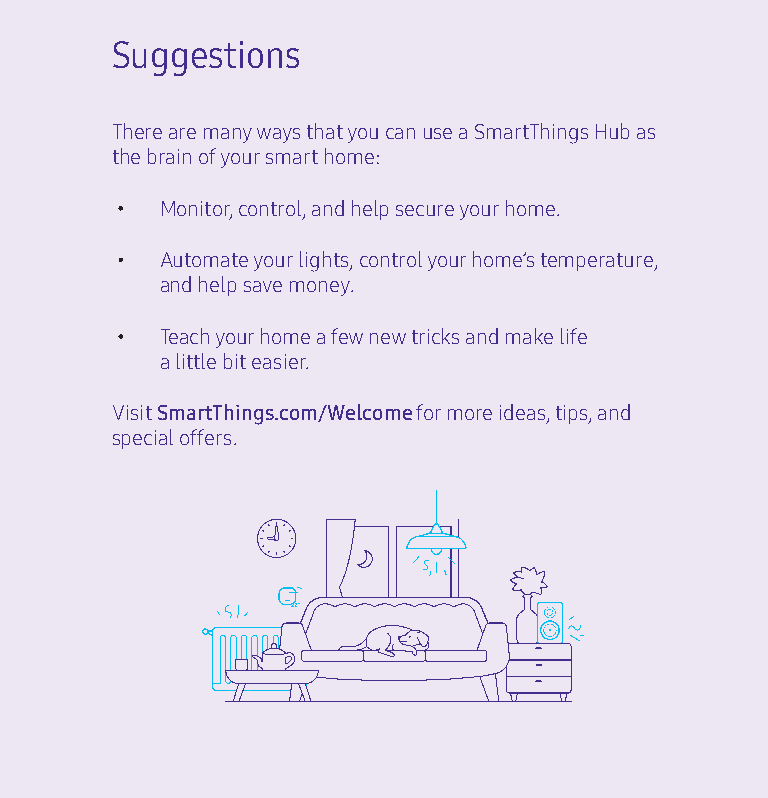
Suggestions
 There are many ways that you can use a SmartThings Hub as
 the brain of your smart home:
 Monitor, control, and help secure your home.
 Automate your lights, control your home’s temperature,
 and help save money.
 Teach your home a few new tricks and make life
 a little bit easier.
 Visit SmartThings.com/Welcome for more ideas, tips, and
 special offers.